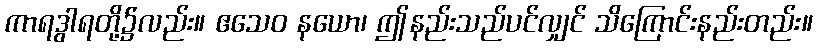
ကာရဒွါရတို့၌လည်း။ ဧသေဝ နယော၊ ဤနည်းသည်ပင်လျှင် သိကြောင်းနည်းတည်း။